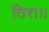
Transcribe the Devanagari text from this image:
तिरा।।